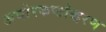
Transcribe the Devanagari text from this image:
अघोरकष्टोद्धरण